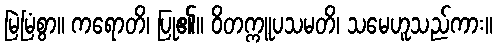
မြဲမြံစွာ။ ကရောတိ၊ ပြု၏။ ဝိတက္ကူပသမတိ၊ သမေဟူသည်ကား။